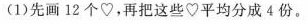
(1)先画12个\heartsuit ，再把这些\heartsuit 平均分成4份。